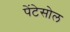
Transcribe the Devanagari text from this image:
पेंटेसोल